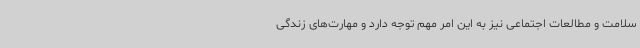
سلامت و مطالعات اجتماعی نیز به این امر مهم توجه دارد و مهارت‌های زندگی